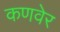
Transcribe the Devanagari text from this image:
कणवेर